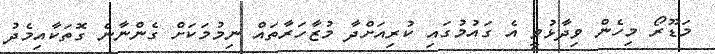
މަޑޫރޯ މިހެން ވިދާޅުވީ އެ ގައުމުގައި ކުރިއަށްދާ މުޒާހަރާތައް ނިމުމަކަށް ގެންނާނެ ގޮތަކާއިމެދު